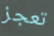
تعجز